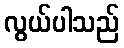
လွယ်ပါသည်